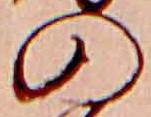
の